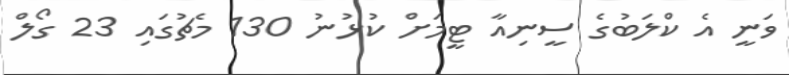
ވަނީ އެ ކްލަބުގެ ސީނިއާ ޓީމަށް ކުޅުނު 130 މެޗުގައި 23 ގޯލް